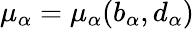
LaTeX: \mu_{\alpha}=\mu_{\alpha}(b_{\alpha},d_{\alpha})